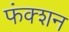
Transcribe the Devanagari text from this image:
फंक्‍शन